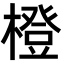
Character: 橙